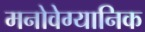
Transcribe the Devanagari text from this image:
मनोवेग्यानिक